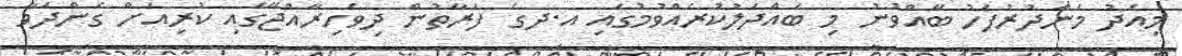
މިއަދު މެންދުރުފަހުު ބޭއްވުނު މި ބައްދަލުކުރެއްވުމުގައި އ.ދގެ ފަރާތުން ދިވެހިރާއްޖޭގައި ކުރިއަށް ގެންދަވާ